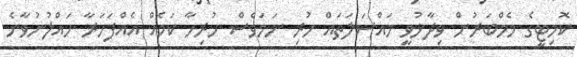
ކޮމިޓީގެ މެމްބަރުން ވިދާޅުވީ މައްސަލަތައް ހުރި ނަމަވެސް ހުރިހާ ކަމެއް އެއްފަހަރާ ހައްލުނުވާނެ